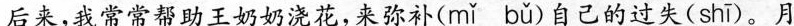
后来，我常常帮助王奶奶浇花，来弥补( mǐ bǔ )自己的过失( shī )。月